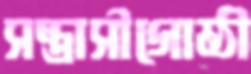
সন্ত্রাসীগোষ্ঠী